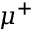
\mu ^ { + }